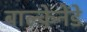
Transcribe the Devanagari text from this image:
बाल्केनेंडे